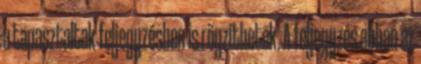
a tapasztaltak feljegyzésben is rögzíthetõk. A feljegyzés abban az